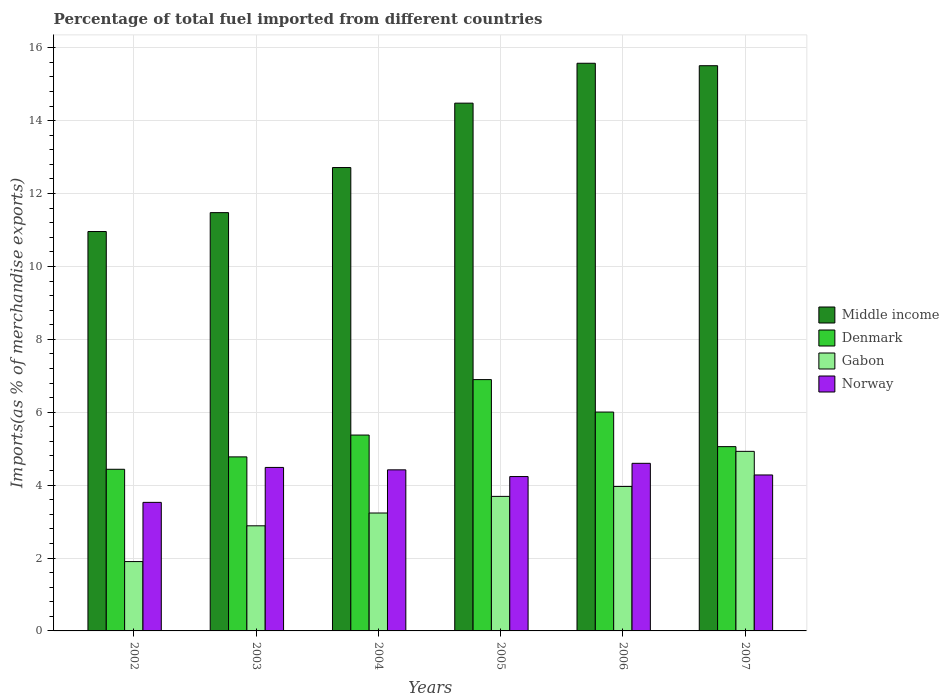
| Years | Middle income | Denmark | Gabon | Norway |
 | --- | --- | --- | --- | --- |
 | 2002 | 11 | 4.44 | 1.9 | 3.53 |
 | 2003 | 11.5 | 4.77 | 2.88 | 4.49 |
 | 2004 | 12.7 | 5.37 | 3.23 | 4.42 |
 | 2005 | 14.5 | 6.9 | 3.69 | 4.24 |
 | 2006 | 15.6 | 6 | 3.96 | 4.6 |
 | 2007 | 15.5 | 5.06 | 4.93 | 4.28 |